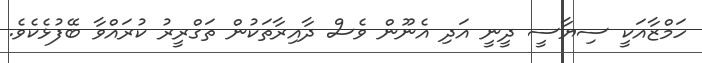
ހަމްޒާއަކީ ސިޔާސީ ދީނީ އަދި އެނޫން ވެސް ދާއިރާތަކުން ތަގްރީރު ކުރައްވާ ބޭފުޅެކެވެ.